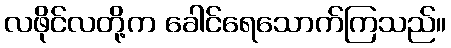
လဖိုင်လတို့က ခေါင်ရေသောက်ကြသည်။